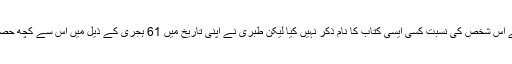
اگرچہ کسی نے اس شخص کی نسبت کسی ایسی کتاب کا نام ذکر نہیں کیا لیکن طبری نے اپنی تاریخ میں 61 ہجری کے ذیل میں اس سے کچھ حصہ نقل کیا ہے ۔